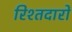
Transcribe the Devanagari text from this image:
रिश्तदारों